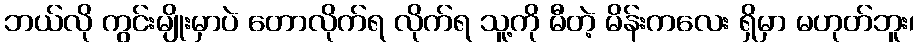
ဘယ်လို ကွင်းမျိုးမှာပဲ တောလိုက်ရ လိုက်ရ သူ့ကို မီတဲ့ မိန်းကလေး ရှိမှာ မဟုတ်ဘူး၊